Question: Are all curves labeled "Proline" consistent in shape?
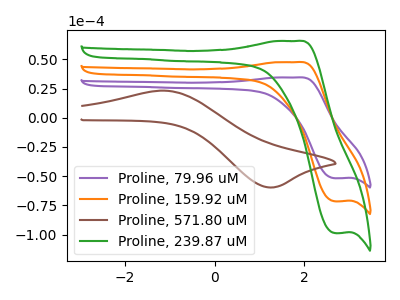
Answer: <think>The purple curve "Proline, 79.96 uM" has an anodic peak at (1.85V, 34.45uA) and a cathodic peak at (2.70V, -51.85uA). The orange curve "Proline, 159.92 uM" has an anodic peak at (1.85V, 47.55uA) and a cathodic peak at (2.70V, -71.55uA). The brown curve "Proline, 571.80 uM" has an anodic peak at (-1.10V, 23.20uA) and a cathodic peak at (1.20V, -59.65uA). The green curve "Proline, 239.87 uM" has an anodic peak at (1.85V, 95.15uA) and a cathodic peak at (2.70V, -143.10uA).
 All the peaks in "Proline, 79.96 uM" have a peak in "Proline, 159.92 uM" at the same potential. Every peak in "Proline, 79.96 uM" is lower than every peak in "Proline, 159.92 uM". "Proline, 79.96 uM" and "Proline, 571.80 uM" have at least one peak that do not match. All the peaks in "Proline, 79.96 uM" have a peak in "Proline, 239.87 uM" at the same potential. Every peak in "Proline, 79.96 uM" is lower than every peak in "Proline, 239.87 uM". "Proline, 159.92 uM" and "Proline, 571.80 uM" have at least one peak that do not match. All the peaks in "Proline, 159.92 uM" have a peak in "Proline, 239.87 uM" at the same potential. Every peak in "Proline, 159.92 uM" is lower than every peak in "Proline, 239.87 uM". "Proline, 571.80 uM" and "Proline, 239.87 uM" have at least one peak that do not match.</think>
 <answer>All the CV's of "Proline" have similar shape.</answer>
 <eval>follow_rule</eval>